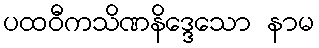
ပထဝီကသိဏနိဒ္ဒေသော နာမ